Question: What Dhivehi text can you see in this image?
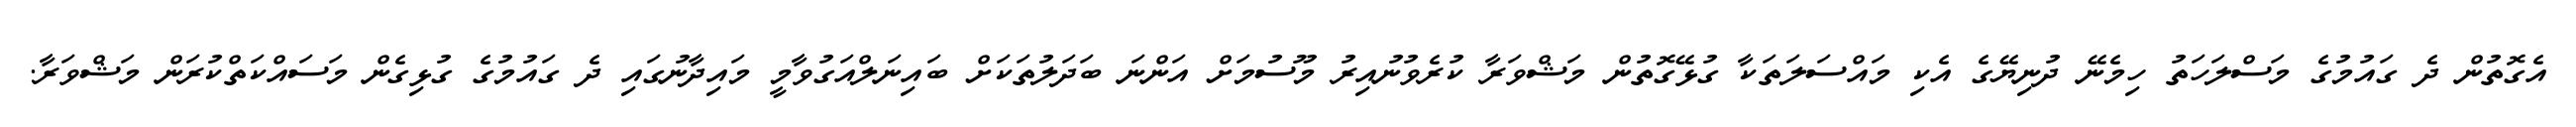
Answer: އެގޮތުން ދެ ގައުމުގެ މަސްލަހަތު ހިމެނޭ ދުނިޔޭގެ އެކި މައްސަލަތަކާ ގުޅޭގޮތުން މަޝްވަރާ ކުރެވުނުއިރު މޫސުމަށް އަންނަ ބަދަލުތަކަށް ބައިނަލްއަގުވާމީ މައިދާނުގައި ދެ ގައުމުގެ ގުޅިގެން މަސައްކަތްކުރަން މަޝްވަރާ.